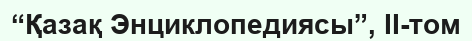
“Қазақ Энциклопедиясы”, II-том